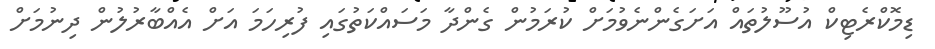
ޑިމޮކްރެޓިކް އުސޫލުތައް އަށަގެންނެވުމަށް ކުރަމުން ގެންދާ މަސައްކަތުގައި ފުރިހަމަ އަށް އެއްބާރުލުން ދިނުމަށް